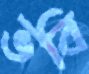
ভবি